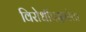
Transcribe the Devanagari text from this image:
विरोधीपक्षनेता